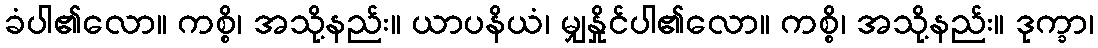
ခံပါ၏လော။ ကစ္စိ၊ အသို့နည်း။ ယာပနိယံ၊ မျှနှိုင်ပါ၏လော။ ကစ္စိ၊ အသို့နည်း။ ဒုက္ခာ၊